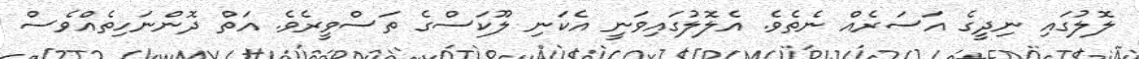
ލޮލުގައި ނިދީގެ އަސަރެއް ނެތެވެ. އެލޮލުގައިވަނީ އެކަނި ލޫކަސްގެ ތަސްވީރެވެ. އަތް ދޮންނަހިތެއްވެސް